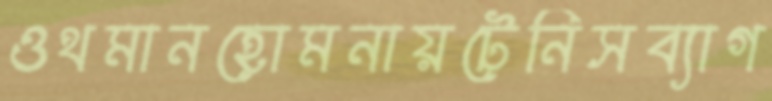
ওথমানহোমনায়টেনিসব্যাগ